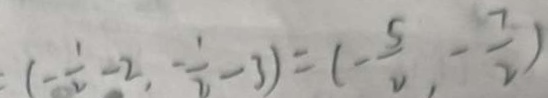
( - \frac { 1 } { 2 } - 2 , - \frac { 1 } { 2 } - 3 ) = ( - \frac { 5 } { 2 } , - \frac { 7 } { 2 } )